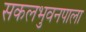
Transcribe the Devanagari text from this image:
सकलभुवनपाला